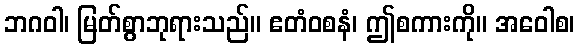
ဘဂဝါ၊ မြတ်စွာဘုရားသည်။ ဧတံဝစနံ၊ ဤစကားကို။ အဝေါစ၊